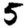
Digit: 5